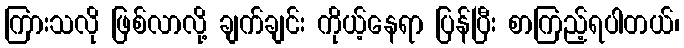
ကြားသလို ဖြစ်လာလို့ ချက်ချင်း ကိုယ့်နေရာ ပြန်ပြီး စာကြည့်ရပါတယ်၊